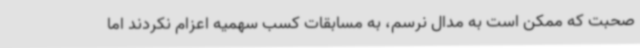
صحبت که ممکن است به مدال نرسم، به مسابقات کسب سهمیه اعزام نکردند اما